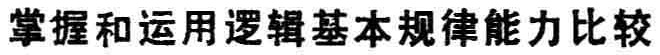
掌握和运用逻辑基本规律能力比较